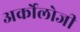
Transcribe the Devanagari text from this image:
अर्कोलोजी